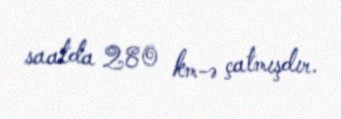
saatda 280 km-ə çatmışdır.